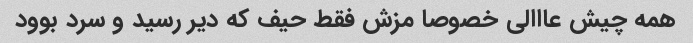
همه چیش عااالی خصوصا مزش فقط حیف که دیر رسید و سرد بوود